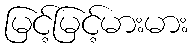
မြင့်မြင့်မားမား